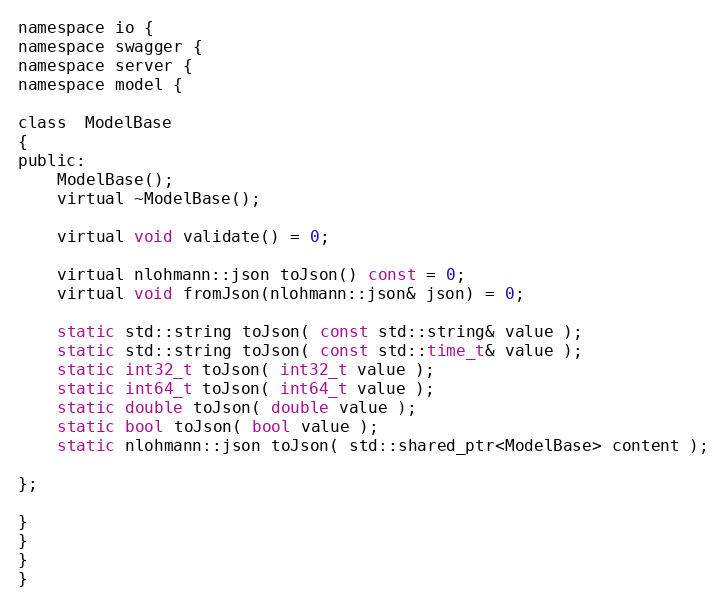
Language: C
namespace io {
namespace swagger {
namespace server {
namespace model {

class  ModelBase
{
public:
    ModelBase();
    virtual ~ModelBase();

    virtual void validate() = 0;

    virtual nlohmann::json toJson() const = 0;
    virtual void fromJson(nlohmann::json& json) = 0;

    static std::string toJson( const std::string& value );
    static std::string toJson( const std::time_t& value );
    static int32_t toJson( int32_t value );
    static int64_t toJson( int64_t value );
    static double toJson( double value );
    static bool toJson( bool value );
    static nlohmann::json toJson( std::shared_ptr<ModelBase> content );

};

}
}
}
}